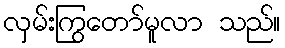
လှမ်းကြွတော်မူလာ သည်။